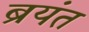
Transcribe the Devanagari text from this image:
ब्रयंत